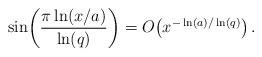
LaTeX: \begin{align*}\sin\!\left(\frac{\pi\ln(x/a)}{\ln(q)}\right)=O\!\left(x^{-\ln(a)/\ln(q)}\right).\end{align*}